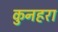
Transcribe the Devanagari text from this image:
कुनहरा